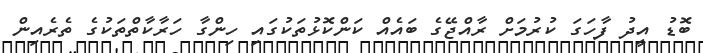
ބޮޑު އީދު ފާހަގަ ކުރުމަށް ރާއްޖޭގެ ބައެއް ކަންކޮޅުތަކުގައި ހިންގާ ހަރާކާތްތަކުގެ ތެރެއިން